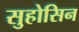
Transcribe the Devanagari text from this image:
सुहोसिन